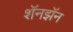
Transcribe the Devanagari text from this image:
शॅनझॅन